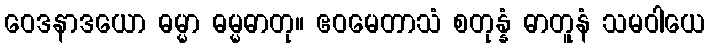
ဝေဒနာဒယော ဓမ္မာ ဓမ္မဓာတု။ ဧဝမေတာသံ စတုန္နံ ဓာတူနံ သမဝါယေ